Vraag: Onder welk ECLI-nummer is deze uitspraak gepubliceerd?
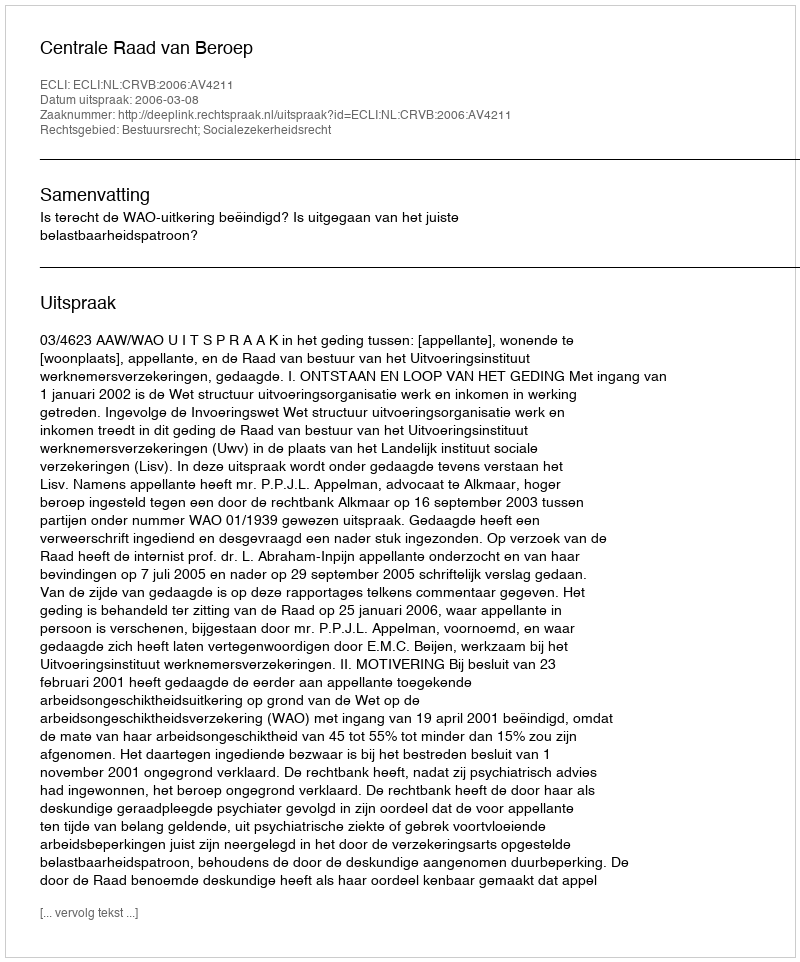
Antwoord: ECLI:NL:CRVB:2006:AV4211